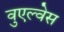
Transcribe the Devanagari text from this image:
वुएल्वेस